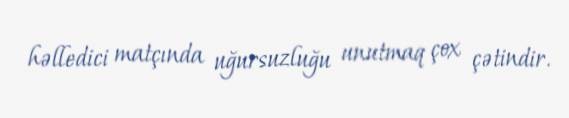
həlledici matçında uğursuzluğu unutmaq çox çətindir.